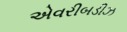
એવરીબડીઝ